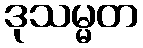
ဒုသမ္မတ